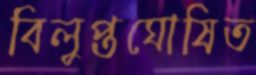
বিলুপ্তঘোষিত